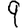
Digit: 9